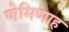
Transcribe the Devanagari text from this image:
णेमिणाह